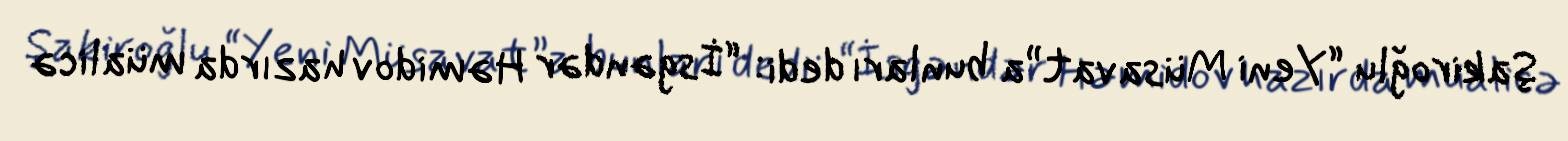
Şakiroğlu “Yeni Müsavat”a bunları dedi: “İsgəndər Həmidov hazırda müalicə